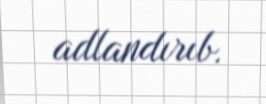
adlandırıb.